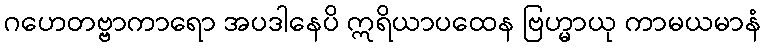
ဂဟေတဗ္ဗာကာရော အပဒါနေပိ ဣရိယာပထေန ဗြဟ္မာယု ကာမယမာနံ